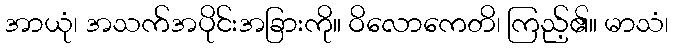
အာယုံ၊ အသက်အပိုင်းအခြားကို။ ဝိလောကေတိ၊ ကြည့်၏။ မာသံ၊